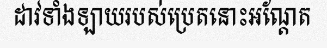
ដាវទាំងឡាយរបស់ប្រេតនោះអណ្តែត